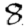
Digit: 8